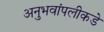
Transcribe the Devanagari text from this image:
अनुभवांपलीकडे